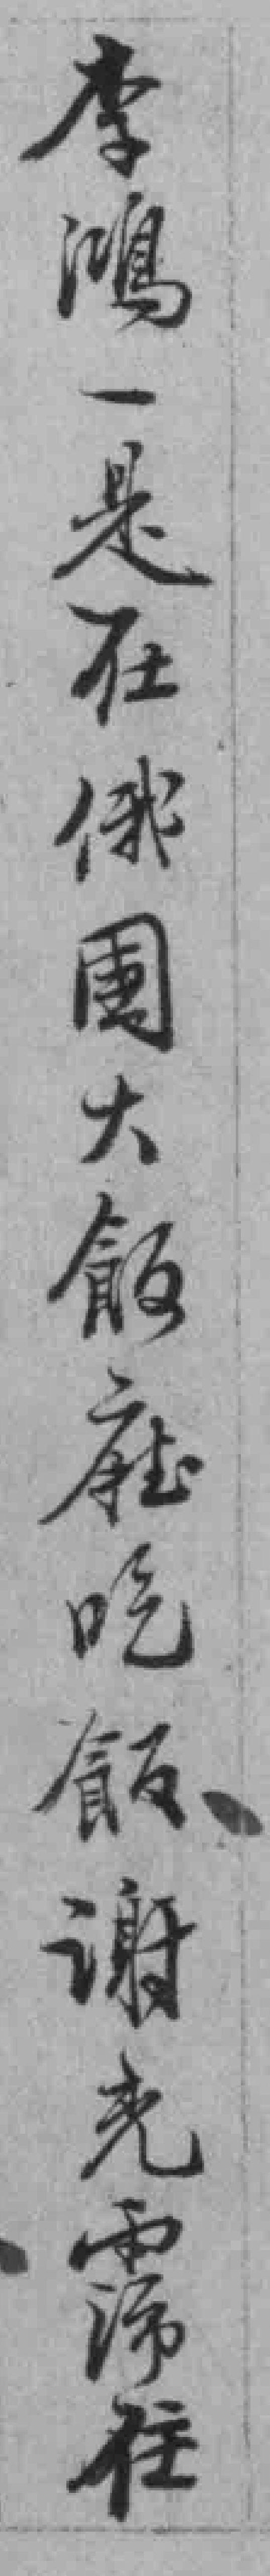
李鴻一是在俄國大飯廳吃飯谢光霈住